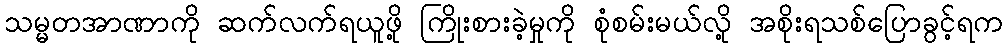
သမ္မတအာဏာကို ဆက်လက်ရယူဖို့ ကြိုးစားခဲ့မှုကို စုံစမ်းမယ်လို့ အစိုးရသစ်ပြောခွင့်ရက